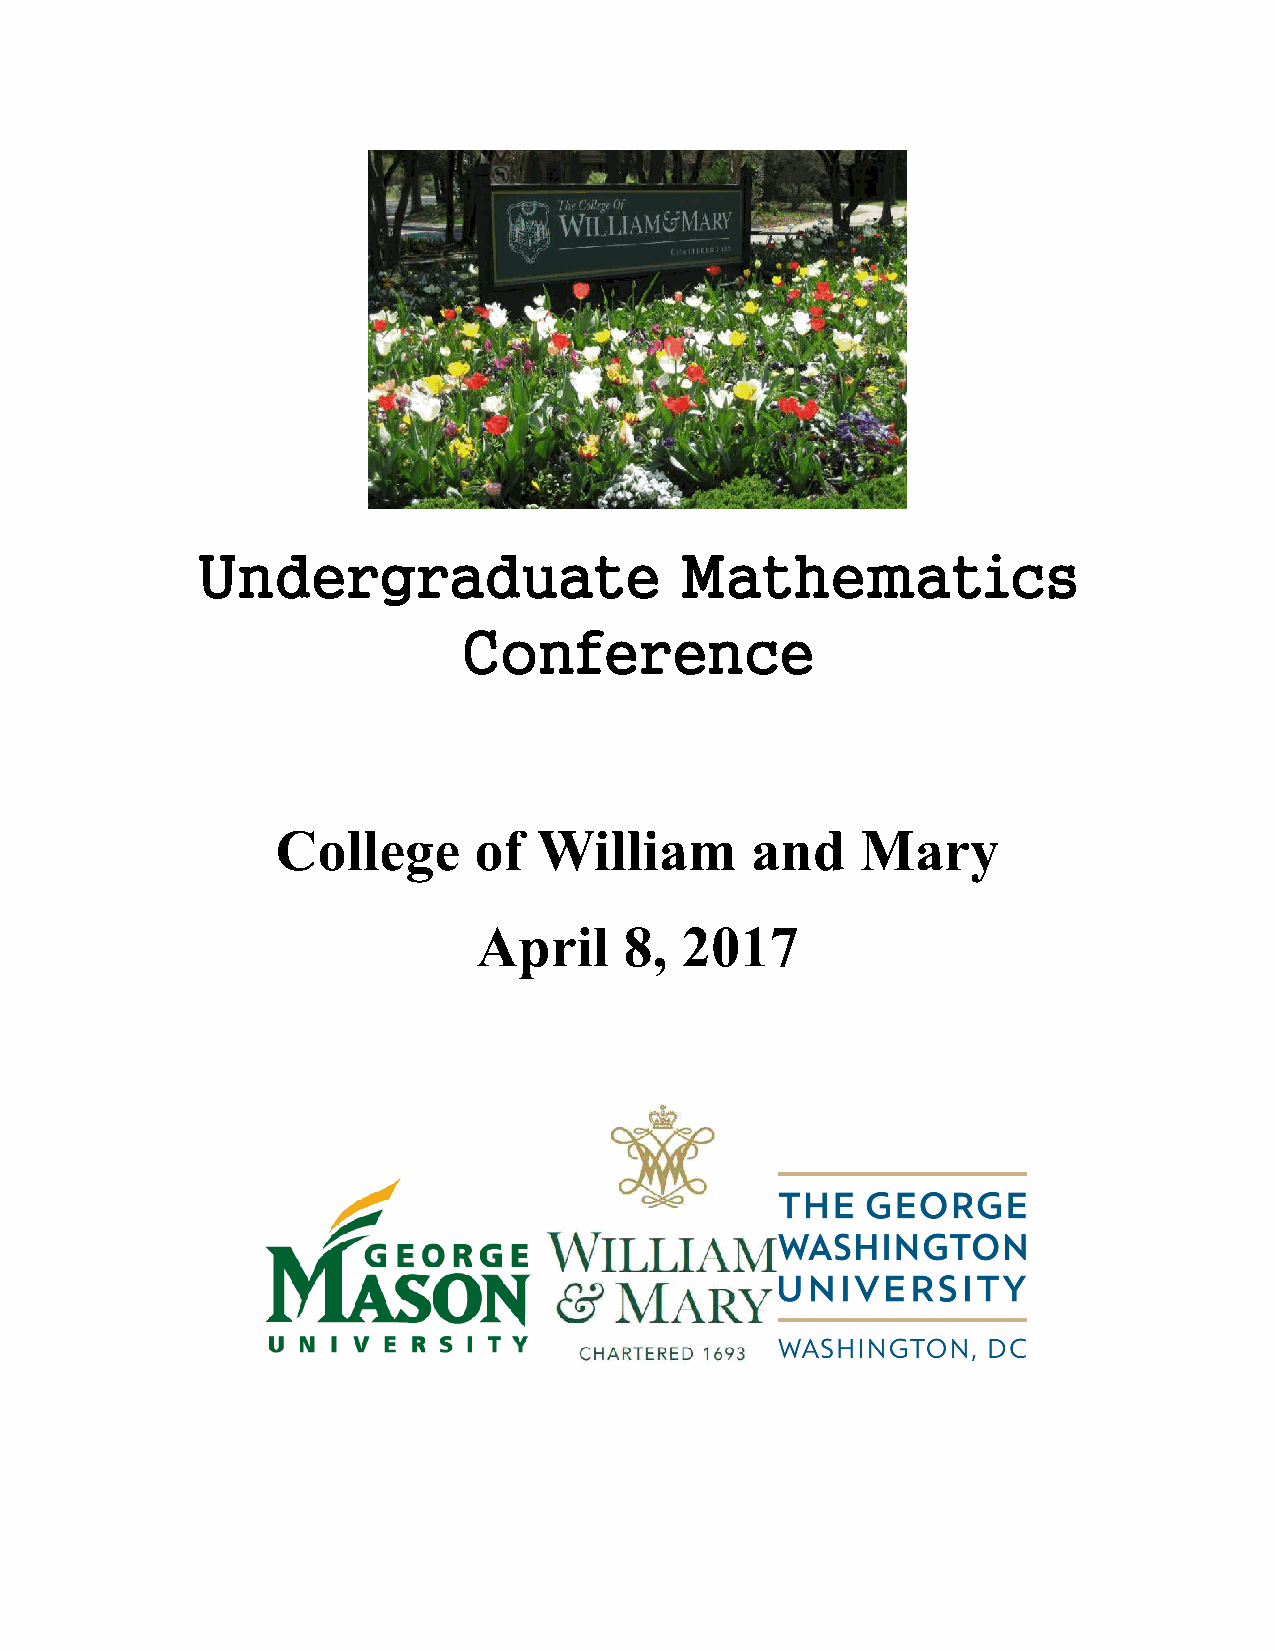
Undergraduate                   Mathematics
 Conference
 College      of   William       and    Mary
 April    8,  2017